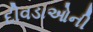
દીવડાઓની